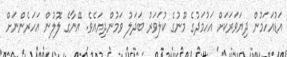
އަޑުއަހަމުން ދިޔަވަރަކަށް އަހުމަދުގެ މޫނުގެ ކުލަވަރު ބަދަލު ވަމުންދިޔައެވެ. އޭނާގެ ލޮލުން އަހަރެންނަށް